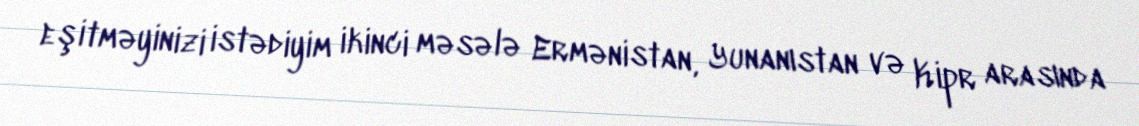
eşitməyinizi istədiyim ikinci məsələ Ermənistan, Yunanıstan və Kipr arasında